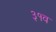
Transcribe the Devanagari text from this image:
३१व